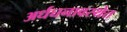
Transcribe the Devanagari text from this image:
अर्धघनावस्थेत